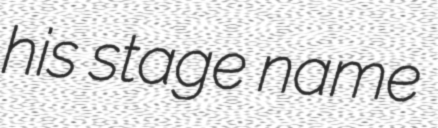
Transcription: his stage name